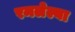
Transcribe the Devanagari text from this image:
रमलेल्या